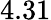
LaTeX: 4.31